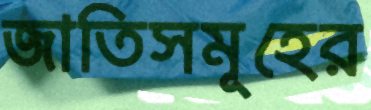
জাতিসমূহের